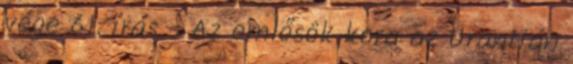
vége 61. írás - Az emlősök kora az Urantián